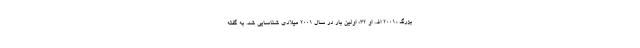
بزرگ «۲۰۰۱ اف او ۳۲» اولین بار در سال ۲۰۰۱ میلادی شناسایی شد. به گفته